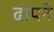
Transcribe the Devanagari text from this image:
ढापने